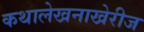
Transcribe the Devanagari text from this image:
कथालेखनाखेरीज